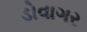
ડોવાગર